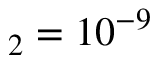
_ 2 = 1 0 ^ { - 9 }